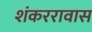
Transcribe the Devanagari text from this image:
शंकररावास